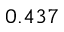
0 . 4 3 7